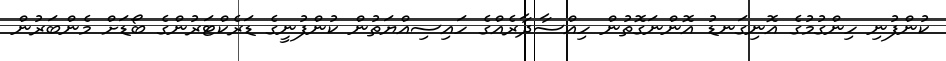
ކުންފުނި ހިންގުމުގެ އޮނިގަނޑު އޮންނަގޮތުން ހިއްސާދާރެއްގެ ހައިސިއްޔަތުން ކުންފުނީގެ ޑަރެކްޓަރުންގެ ބޯޑަށް މެންބަރުން